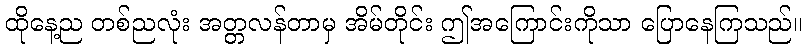
ထိုနေ့ည တစ်ညလုံး အတ္တလန်တာမှ အိမ်တိုင်း ဤအကြောင်းကိုသာ ပြောနေကြသည်။